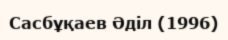
Сасбұқаев Әділ (1996)